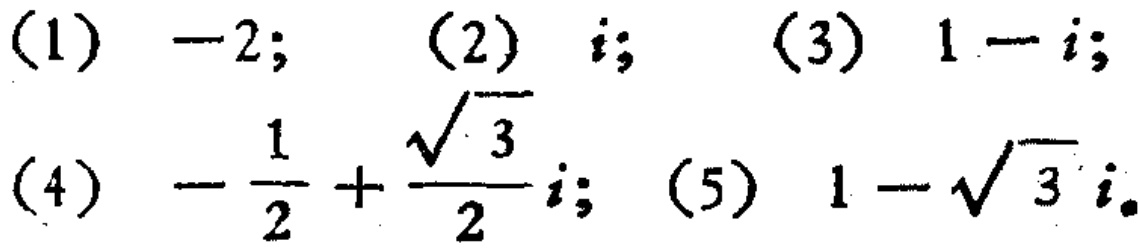
(1) \(-2;\) (2) \(i;\) (3) \(1 - i;\)
(4) \(-\frac{1}{2}+\frac{\sqrt{3}}{2}i;\) (5) \(1-\sqrt{3}i\)